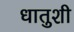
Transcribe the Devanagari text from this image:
धातुशी